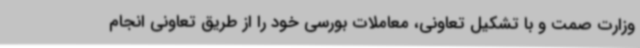
وزارت صمت و با تشکیل تعاونی، معاملات بورسی خود را از طریق تعاونی انجام